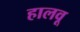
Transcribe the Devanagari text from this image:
हालवू